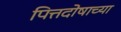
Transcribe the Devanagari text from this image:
पित्तदोषाच्या